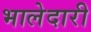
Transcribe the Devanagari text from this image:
भालेदारी